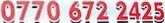
0770 672 2425